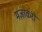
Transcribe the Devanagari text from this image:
मज़ाकरों